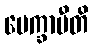
ပေက္ခာမီတိ